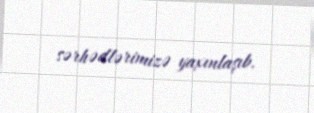
sərhədlərimizə yaxınlaşıb.